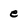
Character: e